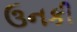
ઉનકી